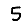
Digit: 5